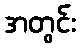
အတွင်း